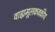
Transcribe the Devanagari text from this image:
वाह्यमूलकवकीय